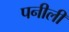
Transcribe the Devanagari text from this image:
पनीली